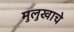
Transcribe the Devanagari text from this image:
मुलुखाचे